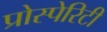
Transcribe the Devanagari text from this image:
प्रोस्पेरिटी